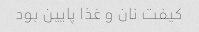
کیفت نان و غذا پایین بود